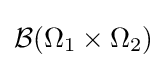
{\mathcal {B}}(\Omega _{1}\times \Omega _{2})